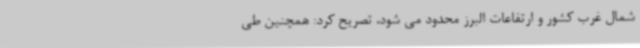
شمال غرب کشور و ارتفاعات البرز محدود می شود، تصریح کرد: همچنین طی